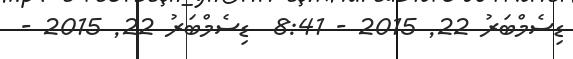
ޑިސެމްބަރު 22